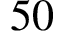
5 0